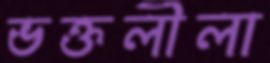
ভক্তলীলা